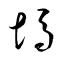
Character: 塢